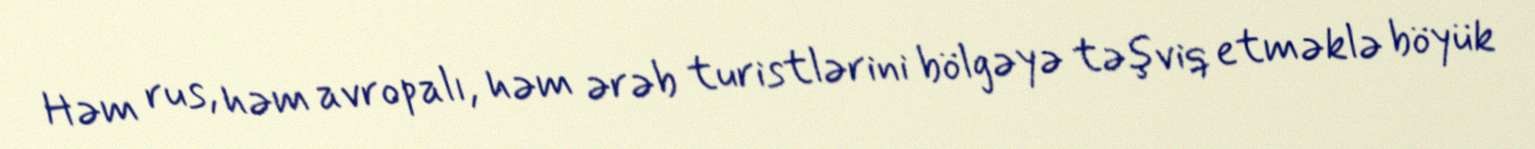
Həm rus, həm avropalı, həm ərəb turistlərini bölgəyə təşviq etməklə böyük